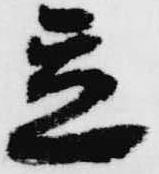
立